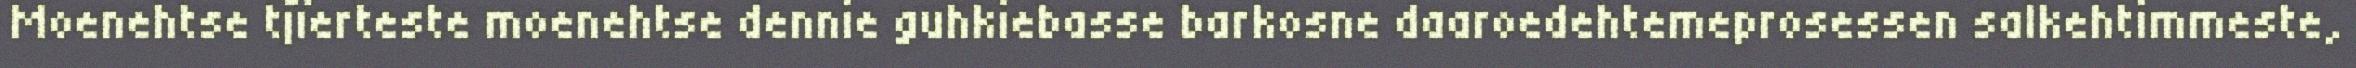
Moenehtse tjïerteste moenehtse dennie guhkiebasse barkosne daaroedehtemeprosessen salkehtimmeste,